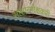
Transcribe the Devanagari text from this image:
साक्षान्मोक्षकरी